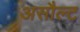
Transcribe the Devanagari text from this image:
असौल्ट